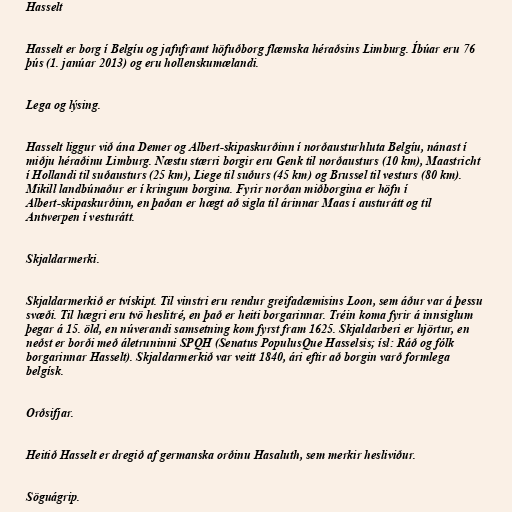
Hasselt

Hasselt er borg í Belgíu og jafnframt höfuðborg flæmska héraðsins Limburg. Íbúar eru 76
þús (1. janúar 2013) og eru hollenskumælandi.

Lega og lýsing.

Hasselt liggur við ána Demer og Albert-skipaskurðinn í norðausturhluta Belgíu, nánast í
miðju héraðinu Limburg. Næstu stærri borgir eru Genk til norðausturs (10 km), Maastricht
í Hollandi til suðausturs (25 km), Liege til suðurs (45 km) og Brussel til vesturs (80 km).
Mikill landbúnaður er í kringum borgina. Fyrir norðan miðborgina er höfn í
Albert-skipaskurðinn, en þaðan er hægt að sigla til árinnar Maas í austurátt og til
Antwerpen í vesturátt.

Skjaldarmerki.

Skjaldarmerkið er tvískipt. Til vinstri eru rendur greifadæmisins Loon, sem áður var á þessu
svæði. Til hægri eru tvö heslitré, en það er heiti borgarinnar. Tréin koma fyrir á innsiglum
þegar á 15. öld, en núverandi samsetning kom fyrst fram 1625. Skjaldarberi er hjörtur, en
neðst er borði með áletruninni SPQH (Senatus PopulusQue Hasselsis; ísl: Ráð og fólk
borgarinnar Hasselt). Skjaldarmerkið var veitt 1840, ári eftir að borgin varð formlega
belgísk.

Orðsifjar.

Heitið Hasselt er dregið af germanska orðinu Hasaluth, sem merkir hesliviður.

Söguágrip.